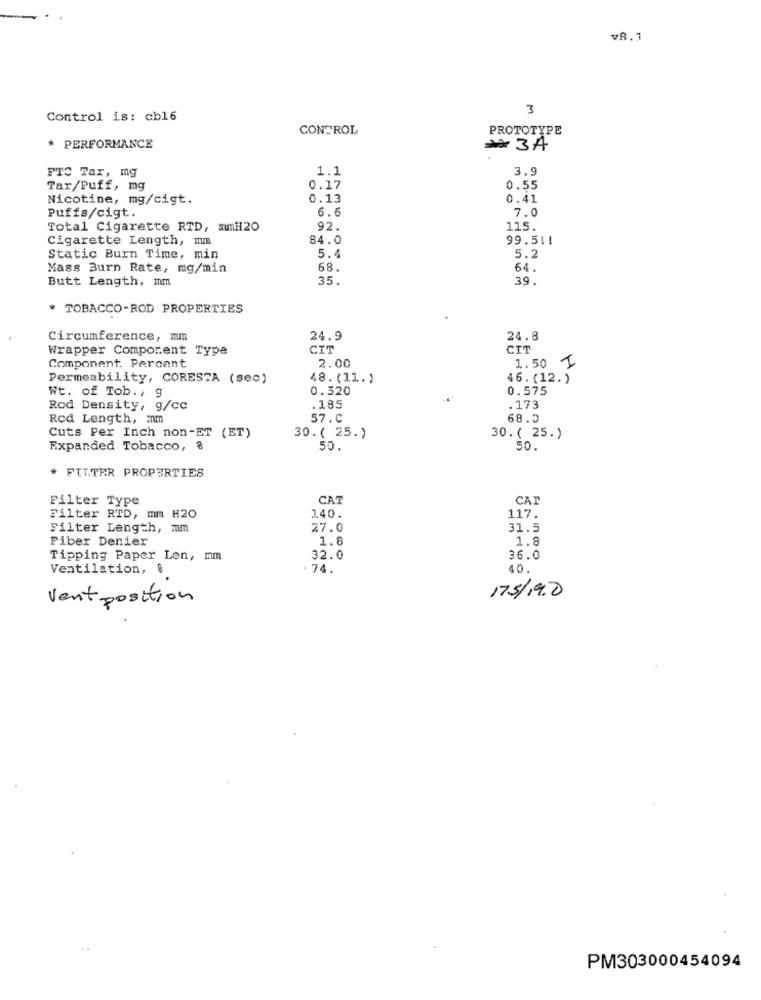
v8.1
3
Control is: cb16
CONTROL
PROTOTYPE
* PERFORMANCE
#3A
1.1
3.9
FTC Tar, mg
Tar/Puff, mg
0.17
0.55
Nicotine, mg/cigt.
0.13
0.41
Puffs/cigt.
7.0
Total Cigarette RTD, mmH20
92.
115.
Cigarette Length, Ium
84.0
99.5 !!
Static Burn Time, min
5.4
5.2
Mass Burn Rate, mg/min
68.
64.
Butt Length, mm
35.
39.
* TOBACCO-ROD PROPERTIES
Circumference, mm
24.9
24.8
Wrapper Comporent Type
CIT
CIT
2.00
Component. Percent
1.50
Permeability, CORESTA (sec)
48. (11. )
16. (12. )
Wt. of Tob ., 9
0.320
0.575
Rod Density, g/cc
.185
.173
Red Length, mm
57.C
68.5
Cuts Per Inch non-ET (ET)
30.( 25.)
30. ( 25.)
Expanded Tobacco, &
55.
50.
* FILTER PROPERTIES
Filter Type
CAT
CAT
Filter RTD, mm H20
140.
117.
Filter Length, mm
27.0
31.5
Fiber Denier
1.8
1.8
Tipping Paper Len, mm
32.0
36.0
Ventilation, &
74.
40.
Ventposition
175/19.0
PM303000454094